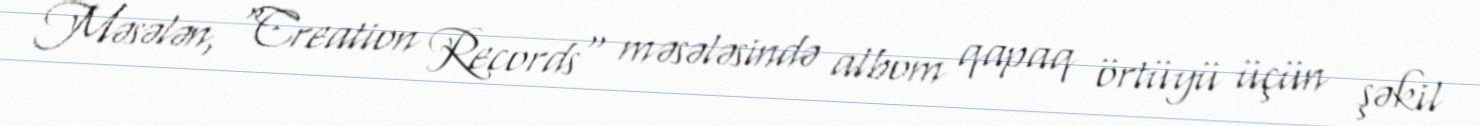
Məsələn, "Creation Records" məsələsində albom qapaq örtüyü üçün şəkil